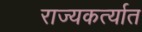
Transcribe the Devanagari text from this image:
राज्यकर्त्यात